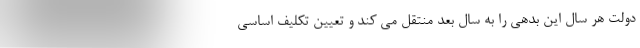
دولت هر سال این بدهی را به سال بعد منتقل می کند و تعیین تکلیف اساسی